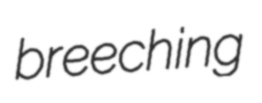
breeching